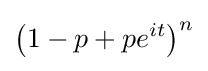
\left(1-p+pe^{it}\right)^{n}